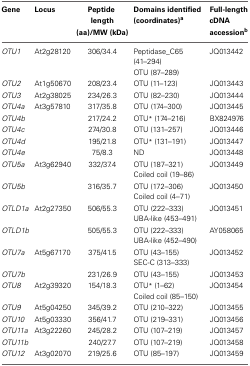
<table><thead><tr><td><b>Gene</b></td><td><b>Locus</b></td><td><b>Peptide length (aa)/MW (kDa)</b></td><td><b>Domains identified (coordinates)<sup>a</sup></b></td><td><b>Full-length cDNA accession<sup>b</sup></b></td></tr></thead><tbody><tr><td><i>OTU1</i></td><td>At2g28120</td><td>306/34.4</td><td>Peptidase_C65 (41–294)</td><td>JQ013442</td></tr><tr><td>[EMPTY_CELL]</td><td>[EMPTY_CELL]</td><td>[EMPTY_CELL]</td><td>OTU (87–289)</td><td>[EMPTY_CELL]</td></tr><tr><td><i>OTU2</i></td><td>At1g50670</td><td>208/23.4</td><td>OTU (11–123)</td><td>JQ013443</td></tr><tr><td><i>OTU3</i></td><td>At2g38025</td><td>234/26.3</td><td>OTU (82–230)</td><td>JQ013444</td></tr><tr><td><i>OTU4a</i></td><td>At3g57810</td><td>317/35.8</td><td>OTU (174–300)</td><td>JQ013445</td></tr><tr><td><i>OTU4b</i></td><td>[EMPTY_CELL]</td><td>217/24.2</td><td>OTU<sup>*</sup> (174–216)</td><td>BX824976</td></tr><tr><td><i>OTU4c</i></td><td>[EMPTY_CELL]</td><td>274/30.8</td><td>OTU (131–257)</td><td>JQ013446</td></tr><tr><td><i>OTU4d</i></td><td>[EMPTY_CELL]</td><td>195/21.8</td><td>OTU<sup>*</sup> (131–191)</td><td>JQ013447</td></tr><tr><td><i>OTU4e</i></td><td>[EMPTY_CELL]</td><td>75/8.3</td><td>ND</td><td>JQ013448</td></tr><tr><td><i>OTU5a</i></td><td>At3g62940</td><td>332/37.4</td><td>OTU (187–321)</td><td>JQ013449</td></tr><tr><td>[EMPTY_CELL]</td><td>[EMPTY_CELL]</td><td>[EMPTY_CELL]</td><td>Coiled coil (19–86)</td><td>[EMPTY_CELL]</td></tr><tr><td><i>OTU5b</i></td><td>[EMPTY_CELL]</td><td>316/35.7</td><td>OTU (172–306)</td><td>JQ013450</td></tr><tr><td>[EMPTY_CELL]</td><td>[EMPTY_CELL]</td><td>[EMPTY_CELL]</td><td>Coiled coil (4–71)</td><td>[EMPTY_CELL]</td></tr><tr><td><i>OTLD1a</i></td><td>At2g27350</td><td>506/55.3</td><td>OTU (222–333)</td><td>JQ013451</td></tr><tr><td>[EMPTY_CELL]</td><td>[EMPTY_CELL]</td><td>[EMPTY_CELL]</td><td>UBA-like (453–491)</td><td>[EMPTY_CELL]</td></tr><tr><td><i>OTLD1b</i></td><td>[EMPTY_CELL]</td><td>505/55.3</td><td>OTU (222–333)</td><td>AY058065</td></tr><tr><td>[EMPTY_CELL]</td><td>[EMPTY_CELL]</td><td>[EMPTY_CELL]</td><td>UBA-like (452–490)</td><td>[EMPTY_CELL]</td></tr><tr><td><i>OTU7a</i></td><td>At5g67170</td><td>375/41.5</td><td>OTU (43–155)</td><td>JQ013452</td></tr><tr><td>[EMPTY_CELL]</td><td>[EMPTY_CELL]</td><td>[EMPTY_CELL]</td><td>SEC-C (313–333)</td><td>[EMPTY_CELL]</td></tr><tr><td><i>OTU7b</i></td><td>[EMPTY_CELL]</td><td>231/26.9</td><td>OTU (43–155)</td><td>JQ013453</td></tr><tr><td><i>OTU8</i></td><td>At2g39320</td><td>154/18.3</td><td>OTU<sup>*</sup> (1–62)</td><td>JQ013454</td></tr><tr><td>[EMPTY_CELL]</td><td>[EMPTY_CELL]</td><td>[EMPTY_CELL]</td><td>Coiled coil (85–150)</td><td>[EMPTY_CELL]</td></tr><tr><td><i>OTU9</i></td><td>At5g04250</td><td>345/39.2</td><td>OTU (210–322)</td><td>JQ013455</td></tr><tr><td><i>OTU10</i></td><td>At5g03330</td><td>356/41.7</td><td>OTU (219–331)</td><td>JQ013456</td></tr><tr><td><i>OTU11a</i></td><td>At3g22260</td><td>245/28.2</td><td>OTU (107–219)</td><td>JQ013457</td></tr><tr><td><i>OTU11b</i></td><td>[EMPTY_CELL]</td><td>240/27.7</td><td>OTU (107–219)</td><td>JQ013458</td></tr><tr><td><i>OTU12</i></td><td>At3g02070</td><td>219/25.6</td><td>OTU (85–197)</td><td>JQ013459</td></tr></tbody></table>